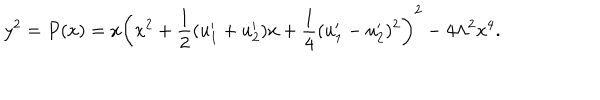
y ^ { 2 } = P ( x ) = x \left( x ^ { 2 } + \frac { 1 } { 2 } ( u _ { 1 } ^ { \prime } + u _ { 2 } ^ { \prime } ) x + \frac { 1 } { 4 } ( u _ { 1 } ^ { \prime } - u _ { 2 } ^ { \prime } ) ^ { 2 } \right) ^ { 2 } - 4 \Lambda ^ { 2 } x ^ { 4 } .